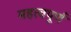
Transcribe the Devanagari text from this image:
महत्वपूर्ण